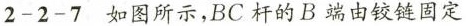
2-2-7 如图所示,BC杆的B端由铰链固定